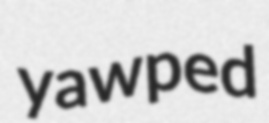
yawped